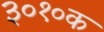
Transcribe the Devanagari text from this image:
३०१०क